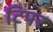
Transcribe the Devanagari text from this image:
टिपर